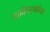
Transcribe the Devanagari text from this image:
जातिघटकांच्या